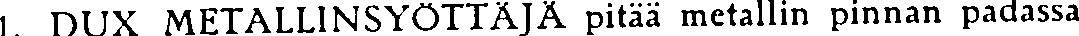
L DUX METALLINSYÖTIÄJA pitää metallin pinnan padassa